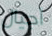
أجيال